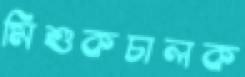
মিশুকচালক